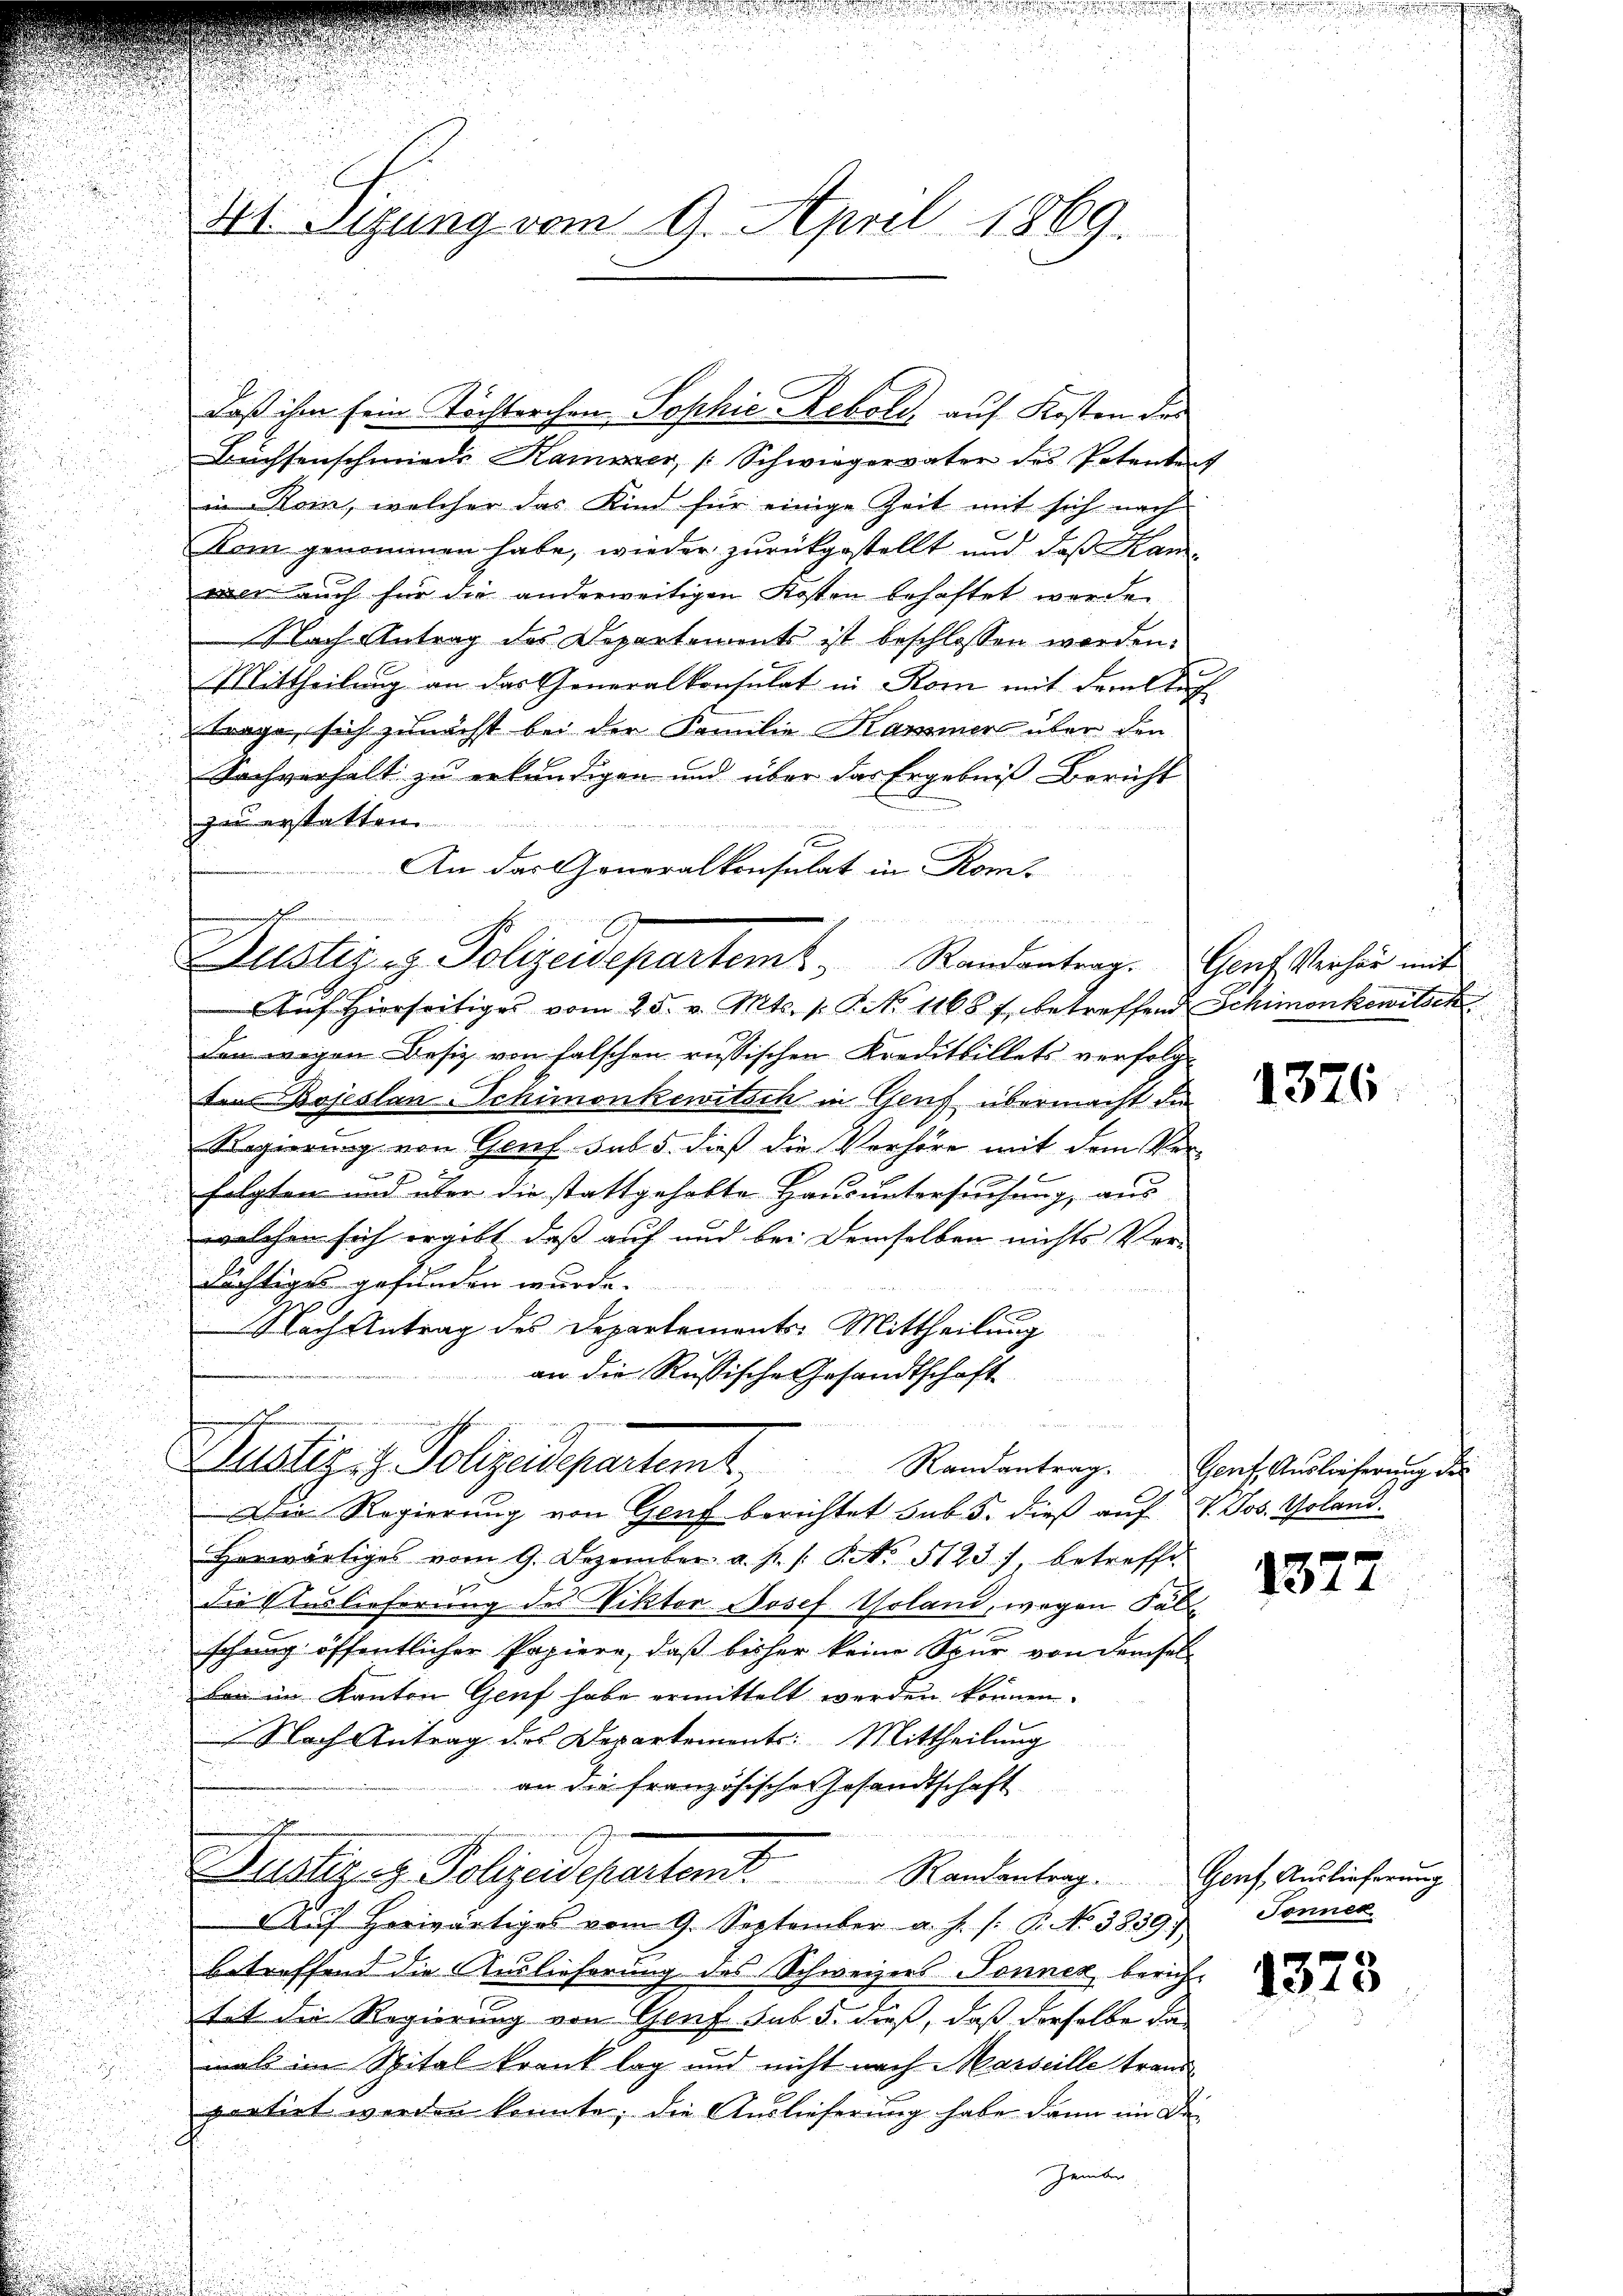
s

XI. Sigung vom 9. April 1869.

Büchsenschmiede Kamizer, Schwiegervater des Potenten
in Rom, welcher das Kind für einige Zeit mit sich nach
Kom genommen habe, wieder zurückgestellt und daß Kamwie auch für die anderweitigen Kosten behaftet werde.
Nach Antrag des Departements ist beschlossen worden:
Mittheilung an das Generalkonsulat in Rom mit dem lag
Frage, sich zunächst bei der Familie Kammer über den
Sachverhalt zu erkundigen und über das Ergebnis Bericht
zu erstatten.
An das Generalkonsulat in Rom.
h
        der einen
G
ustiz-g. Polizeidepartem Randantrag. Genf Verhör mit
Auf hierseitiges vom 25. v. Mts. v. P. No 1168 f. betreffend Schimonkowitsch
den wegen Besiz von falschen reissischen Kreditbillets verfolgten Bojeslan-Schimonkewitsch in Genf übermacht die
Regierung von Genf sub 5. dieß die Verhöre mit dem Verh
folgten und über die stattgehabte Hausuntersuchung, aus
welchen sich ergibt, daß auf und bei demselben nichts Ver-
dächtiges gefunden wurde.
Nach Antrag des Departements-Mittheilung
an die Russische Gesandtschaft

mserkennung

daß ihm sein Töchterchen Sophie Rebold, auf Kosten des

Labrizig Polizeidepartem Randantrag. Porf. Auslieferung de

Die Regierung von Genf berichtet sub. 5. dieß auf VV. Jos. Goland.
Horwärtiges vom 9. Dezember a. p. 1. No 5123) betreffe
Die Auslieferung des Viktor Josef. Voland, wegen Fäll
schung öffentlicher Papiere, daß bisher keine Spur von demsel
bei im Kanton Genf habe ermittelt werden können.
Nach Antrag des Departement: Mittheilung
an die französischen Gesandtschaft
e
e
Zualeziz. Polizeidepartemt. Rankentrag. Graf Auslicherung
Aŭf herwärtiges vom 9. September a. f. /: P. No 3839. Sonnex
betreffend die Auslieferung des Schweizers Jennen, berich-
tat die Regierung von Genf sub 5. dieß, daß derselbe da
mals im Spital krank lag und nicht nach Marseille trandportirt werden könnte, die Auslieferung habe dann im Di¬
Zember

1376

1377

1373